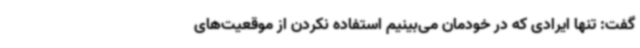
گفت: تنها ایرادی که در خودمان می‌بینیم استفاده نکردن از موقعیت‌های